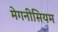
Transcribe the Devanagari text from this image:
मेगनीसियम